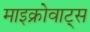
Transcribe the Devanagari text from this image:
माइक्रोवाट्स